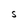
Character: S